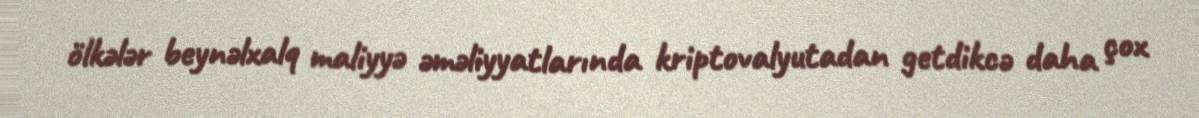
ölkələr beynəlxalq maliyyə əməliyyatlarında kriptovalyutadan getdikcə daha çox